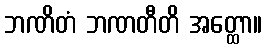
ဘဏိတံ ဘဏတီတိ အတ္ထော။